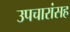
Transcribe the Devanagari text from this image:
उपचारांसह